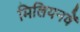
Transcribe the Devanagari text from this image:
मिलियनवें